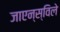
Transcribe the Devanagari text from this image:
जाएन्स्विले